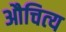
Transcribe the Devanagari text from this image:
औचित्‍य